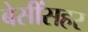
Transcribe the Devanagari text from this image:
बेसींसहर